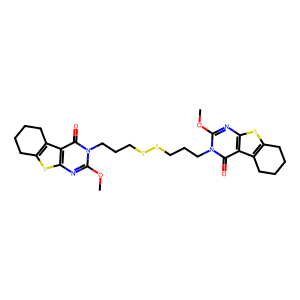
SMILES: COc1nc2sc3c(c2c(=O)n1CCCSSCCCn1c(OC)nc2sc4c(c2c1=O)CCCC4)CCCC3
Inhibits HIV replication: No